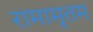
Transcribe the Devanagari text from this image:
रामामृतम